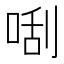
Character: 𠵯